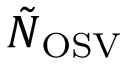
\tilde { N } _ { \mathrm { O S V } }